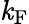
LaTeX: \mathit{k}_{\mathrm{{F}}}